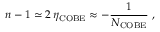
n - 1 \simeq 2 \, \eta _ { \mathrm { C O B E } } \approx - \frac { 1 } { N _ { \mathrm { C O B E } } } \; ,